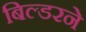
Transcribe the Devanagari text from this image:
बिल्डरने